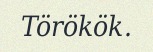
Törökök.